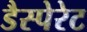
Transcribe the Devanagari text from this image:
डैस्पेरेट